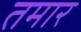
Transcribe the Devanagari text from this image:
तमार